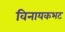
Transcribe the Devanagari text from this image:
विनायकभट